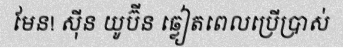
មែន! ស៊ីន យូប៊ីន ឆ្លៀតពេលប្រើប្រាស់